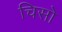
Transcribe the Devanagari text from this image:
चिसो